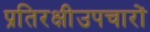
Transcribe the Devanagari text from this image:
प्रतिरक्षीउपचारों